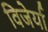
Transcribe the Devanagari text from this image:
विजेर्या